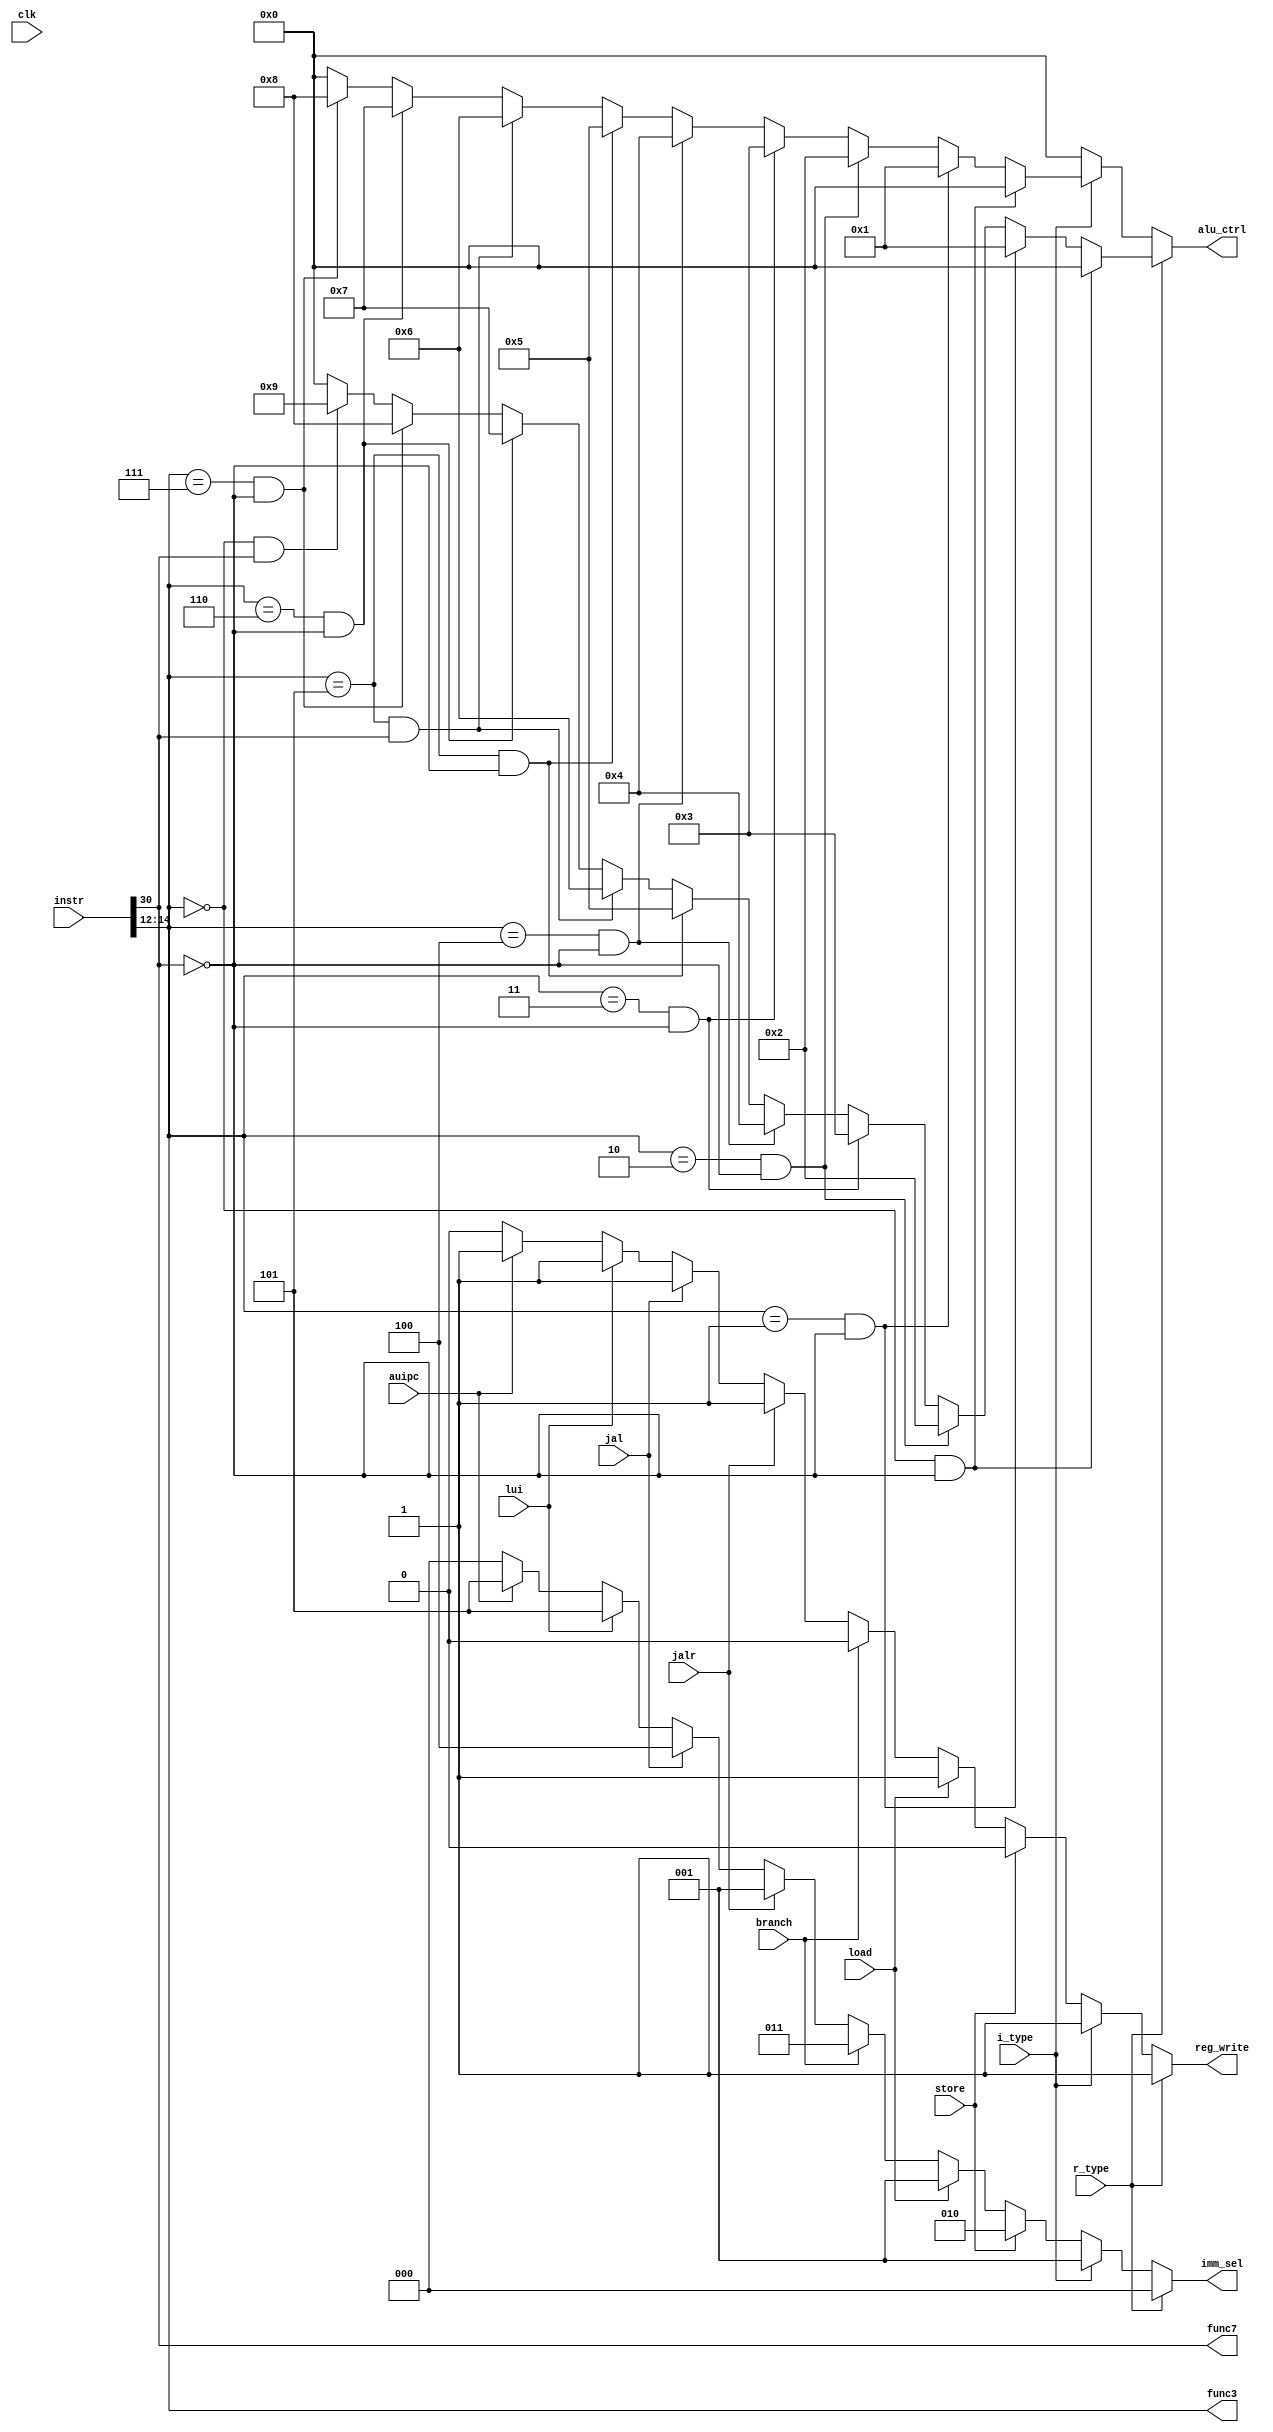
module cu (
    input wire         clk,
    input wire         r_type,
    input wire         i_type, 
    input wire         store,  
    input wire         load, 
    input wire         branch,  
    input wire         jal,  
    input wire         jalr,  
    input wire         lui,  
    input wire         auipc,  
    input wire  [31:0] instr,
    
    output wire        func7,
    output reg         reg_write,
    output reg  [3:0]  alu_ctrl,
    output reg  [2:0]  imm_sel,
    output wire [2:0]  func3
);

    assign func3 = instr[14:12];
    assign func7 = instr[30];

    always@(*)begin
        reg_write = 0;
        imm_sel = 3'b000;
        alu_ctrl = 4'b0000;
        if (r_type )begin                                                  //R type
            reg_write = 1;
            if(func3==3'b000 & func7==0)begin
                alu_ctrl = 4'b0000;
            end
            else if(func3==3'b001 & func7==0)begin
                alu_ctrl = 4'b0001;
            end
            else if(func3==3'b010 & func7==0)begin
                alu_ctrl = 4'b0010;
            end
            else if(func3==3'b011 & func7==0)begin
                alu_ctrl = 4'b0011;
            end
            else if(func3==3'b100 & func7==0)begin
                alu_ctrl = 4'b0100;
            end
            else if(func3==3'b101 & func7==0)begin
                alu_ctrl = 4'b0101;
            end
            else if(func3==3'b101 & func7==1)begin
                alu_ctrl = 4'b0110;
            end
            else if(func3==3'b110 & func7==0)begin
                alu_ctrl = 4'b0111;
            end
            else if(func3==3'b111 & func7==0)begin
                alu_ctrl = 4'b1000;
            end
            else if(func3==3'b000 & func7==1)begin
                alu_ctrl = 4'b1001;
            end
        end
        else if (i_type)begin                                                //I type
            reg_write = 1;
            imm_sel = 3'b001;
            if(func3==3'b000 & func7==0)begin
                alu_ctrl = 4'b0000;
            end
            else if(func3==3'b001 & func7==0)begin
                alu_ctrl = 4'b0001;
            end
            else if(func3==3'b010 & func7==0)begin
                alu_ctrl = 4'b0010;
            end
            else if(func3==3'b011 & func7==0)begin
                alu_ctrl = 4'b0011;
            end
            else if(func3==3'b100 & func7==0)begin
                alu_ctrl = 4'b0100;
            end
            else if(func3==3'b101 & func7==0)begin
                alu_ctrl = 4'b0101;
            end
            else if(func3==3'b101 & func7==1)begin
                alu_ctrl = 4'b0110;
            end
            else if(func3==3'b110 & func7==0)begin
                alu_ctrl = 4'b0111;
            end
            else if(func3==3'b111 & func7==0)begin
                alu_ctrl = 4'b1000;
            end
        end
        else if (store) begin                                                 //store
            imm_sel = 3'b010;
            if (func3==3'b000) begin       //byte
                alu_ctrl = 4'b0000;
            end
            else if (func3==3'b001) begin  //halfword
                alu_ctrl = 4'b0000;
            end
            else if (func3==3'b010) begin  //word
                    alu_ctrl = 4'b0000;
            end
        end
        else if (load) begin                                                  //load
            reg_write = 1;
            imm_sel = 3'b001;
            if (func3==3'b000) begin       //byte
                alu_ctrl = 4'b0000;
            end
            else if (func3==3'b001) begin  //halfword
                alu_ctrl = 4'b0000;
            end
            else if (func3==3'b010) begin  //word
                alu_ctrl = 4'b0000;
            end
            else if (func3==3'b100) begin  //byte unsigned
                alu_ctrl = 4'b0000;
            end
            else if (func3==3'b101) begin  //half word unsigned
                alu_ctrl = 4'b0000;
            end
        end
        else if (branch)begin                                                  //branch selection
            imm_sel = 3'b011;
            alu_ctrl = 4'b0000;
        end
        else if (jalr)begin                                                    //jump and link register
            reg_write = 1;
            imm_sel = 3'b001;
            alu_ctrl = 4'b0000;
        end
        else if (jal)begin                                                     //jump and link
            reg_write = 1;
            imm_sel = 3'b100;
            alu_ctrl = 4'b0000;    
        end
        else if (lui)begin                                                     //load upper immediate
            reg_write = 1;
            imm_sel = 3'b101;
            alu_ctrl = 4'b0000;    
        end
        else if (auipc)begin                                                   //add upper immediate to pc
            reg_write = 1;
            imm_sel = 3'b101;
            alu_ctrl = 4'b0000;    
        end
    end
endmodule